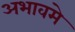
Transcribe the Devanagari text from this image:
अभावमे